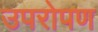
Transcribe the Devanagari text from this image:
उपरोपण